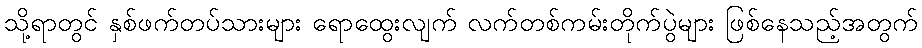
သို့ရာတွင် နှစ်ဖက်တပ်သားများ ရောထွေးလျက် လက်တစ်ကမ်းတိုက်ပွဲများ ဖြစ်နေသည့်အတွက်